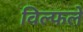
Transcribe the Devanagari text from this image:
विल्फले